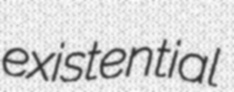
existential